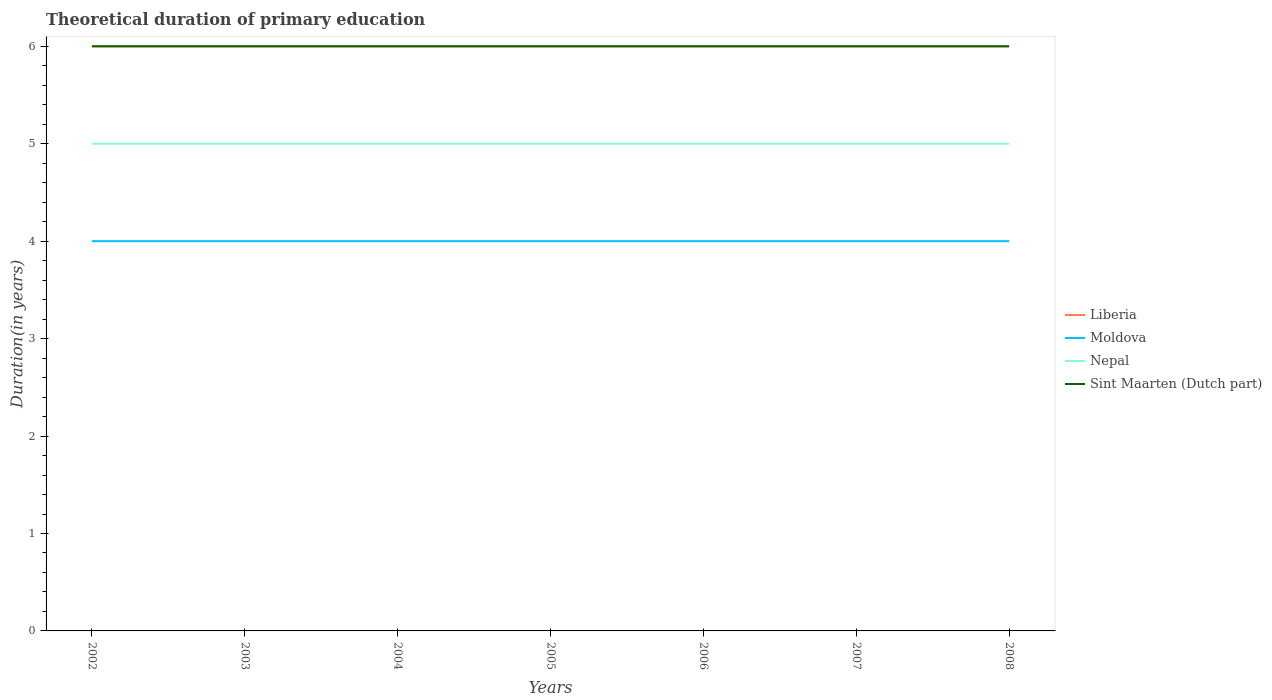
| Years | Liberia | Moldova | Nepal | Sint Maarten (Dutch part) |
 | --- | --- | --- | --- | --- |
 | 2002 | 6 | 4 | 5 | 6 |
 | 2003 | 6 | 4 | 5 | 6 |
 | 2004 | 6 | 4 | 5 | 6 |
 | 2005 | 6 | 4 | 5 | 6 |
 | 2006 | 6 | 4 | 5 | 6 |
 | 2007 | 6 | 4 | 5 | 6 |
 | 2008 | 6 | 4 | 5 | 6 |